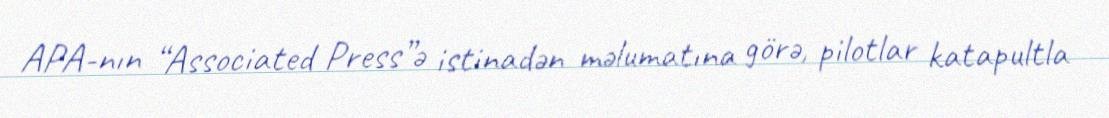
APA-nın “Associated Press”ə istinadən məlumatına görə, pilotlar katapultla